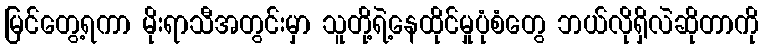
မြင်တွေ့ရကာ မိုးရာသီအတွင်းမှာ သူတို့ရဲ့နေထိုင်မှုပုံစံတွေ ဘယ်လိုရှိလဲဆိုတာကို